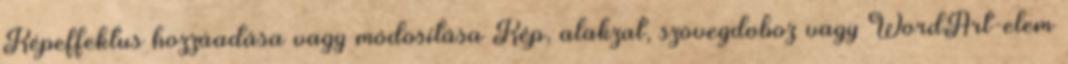
Képeffektus hozzáadása vagy módosítása Kép, alakzat, szövegdoboz vagy WordArt-elem